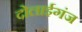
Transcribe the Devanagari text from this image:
दोलाईगंज